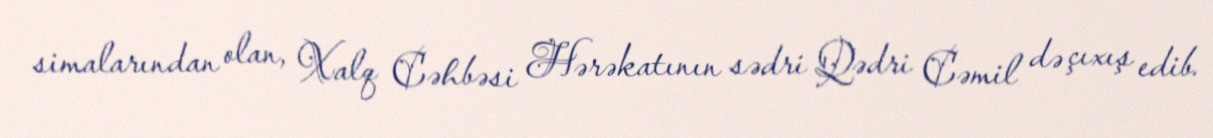
simalarından olan, Xalq Cəhbəsi Hərəkatının sədri Qədri Cəmil də çıxış edib.